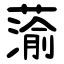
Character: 蕍